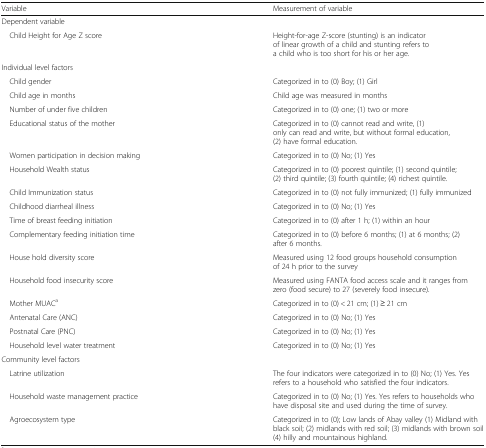
| Variable | Measurement of variable |
 | --- | --- |
 | <COLSPAN=2> Dependent variable |
 | Child Height for Age Z score | Height-for-age Z-score (stunting) is an indicator of linear growth of a child and stunting refers to a child who is too short for his or her age. |
 | <COLSPAN=2> Individual level factors |
 | Child gender | Categorized in to (0) Boy; (1) Girl |
 | Child age in months | Child age was measured in months |
 | Number of under five children | Categorized in to (0) one; (1) two or more |
 | Educational status of the mother | Categorized in to (0) cannot read and write, (1) only can read and write, but without formal education, (2) have formal education. |
 | Women participation in decision making | Categorized in to (0) No; (1) Yes |
 | Household Wealth status | Categorized in to (0) poorest quintile; (1) second quintile; (2) third quintile; (3) fourth quintile; (4) richest quintile. |
 | Child Immunization status | Categorized in to (0) not fully immunized; (1) fully immunized |
 | Childhood diarrheal illness | Categorized in to (0) No; (1) Yes |
 | Time of breast feeding initiation | Categorized in to (0) after 1 h; (1) within an hour |
 | Complementary feeding initiation time | Categorized in to (0) before 6 months; (1) at 6 months; (2) after 6 months. |
 | House hold diversity score | Measured using 12 food groups household consumption of 24 h prior to the survey |
 | Household food insecurity score | Measured using FANTA food access scale and it ranges from zero (food secure) to 27 (severely food insecure). |
 | Mother MUACa | Categorized in to (0) < 21 cm; (1) ≥ 21 cm |
 | Antenatal Care (ANC) | Categorized in to (0) No; (1) Yes |
 | Postnatal Care (PNC) | Categorized in to (0) No; (1) Yes |
 | Household level water treatment | Categorized in to (0) No; (1) Yes |
 | <COLSPAN=2> Community level factors |
 | Latrine utilization | The four indicators were categorized in to (0) No; (1) Yes. Yes refers to a household who satisfied the four indicators. |
 | Household waste management practice | Categorized in to (0) No; (1) Yes. Yes refers to households who have disposal site and used during the time of survey. |
 | Agroecosystem type | Categorized in to (0); Low lands of Abay valley (1) Midland with black soil; (2) midlands with red soil; (3) midlands with brown soil (4) hilly and mountainous highland. |